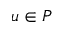
u \in P